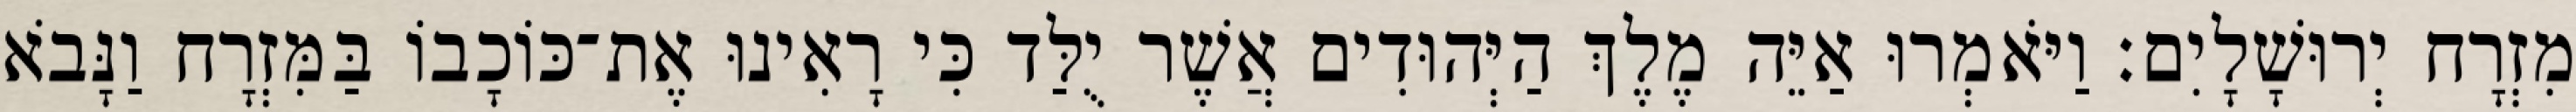
מִזְרָח יְרוּשָׁלָיִם׃ וַיֹּאמְרוּ אַיֵּה מֶלֶךְ הַיְּהוּדִים אֲשֶׁר יֻלַּד כִּי רָאִינוּ אֶת־כּוֹכָבוֹ בַּמִּזְרָח וַנָּבֹא